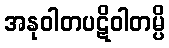
အနုဝါတပဋိဝါတမ္ပိ